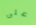
على